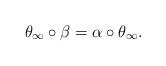
LaTeX: \begin{align*} \theta_\infty \circ \beta = \alpha \circ \theta_\infty. \end{align*}